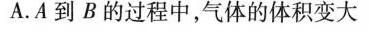
A.A到B的过程中，气体的体积变大